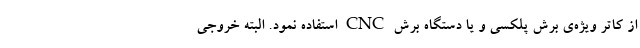
از کاتر ویژه‌ی برش پلکسی و یا دستگاه برش CNC استفاده نمود. البته خروجی